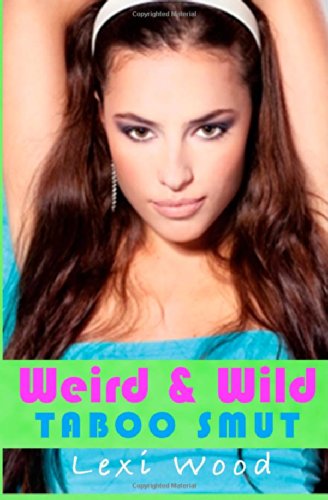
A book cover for Weird and Wild Taboo Smut; Lexi Wood; Romance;